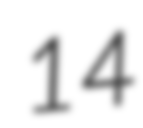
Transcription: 14